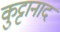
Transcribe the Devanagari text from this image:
कुट्टानाद